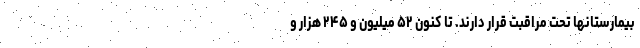
بیمارستانها تحت مراقبت قرار دارند. تا کنون ۵۲ میلیون و ۲۴۵ هزار و